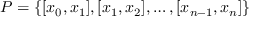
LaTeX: P = \left\{ [ x _ { 0 } , x _ { 1 } ] , [ x _ { 1 } , x _ { 2 } ] , \dots , [ x _ { n - 1 } , x _ { n } ] \right\}